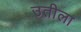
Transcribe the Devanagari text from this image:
उतीला